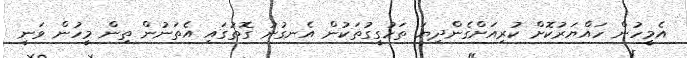
އެމީހުން ހައްޔަރުކޮށް ކުރިއަށްގެންދިޔަ ތަހުގީގުތަކުން އެނގުނު ގޮތުގައި އެތަނުން ތިން މީހުން ވަނީ